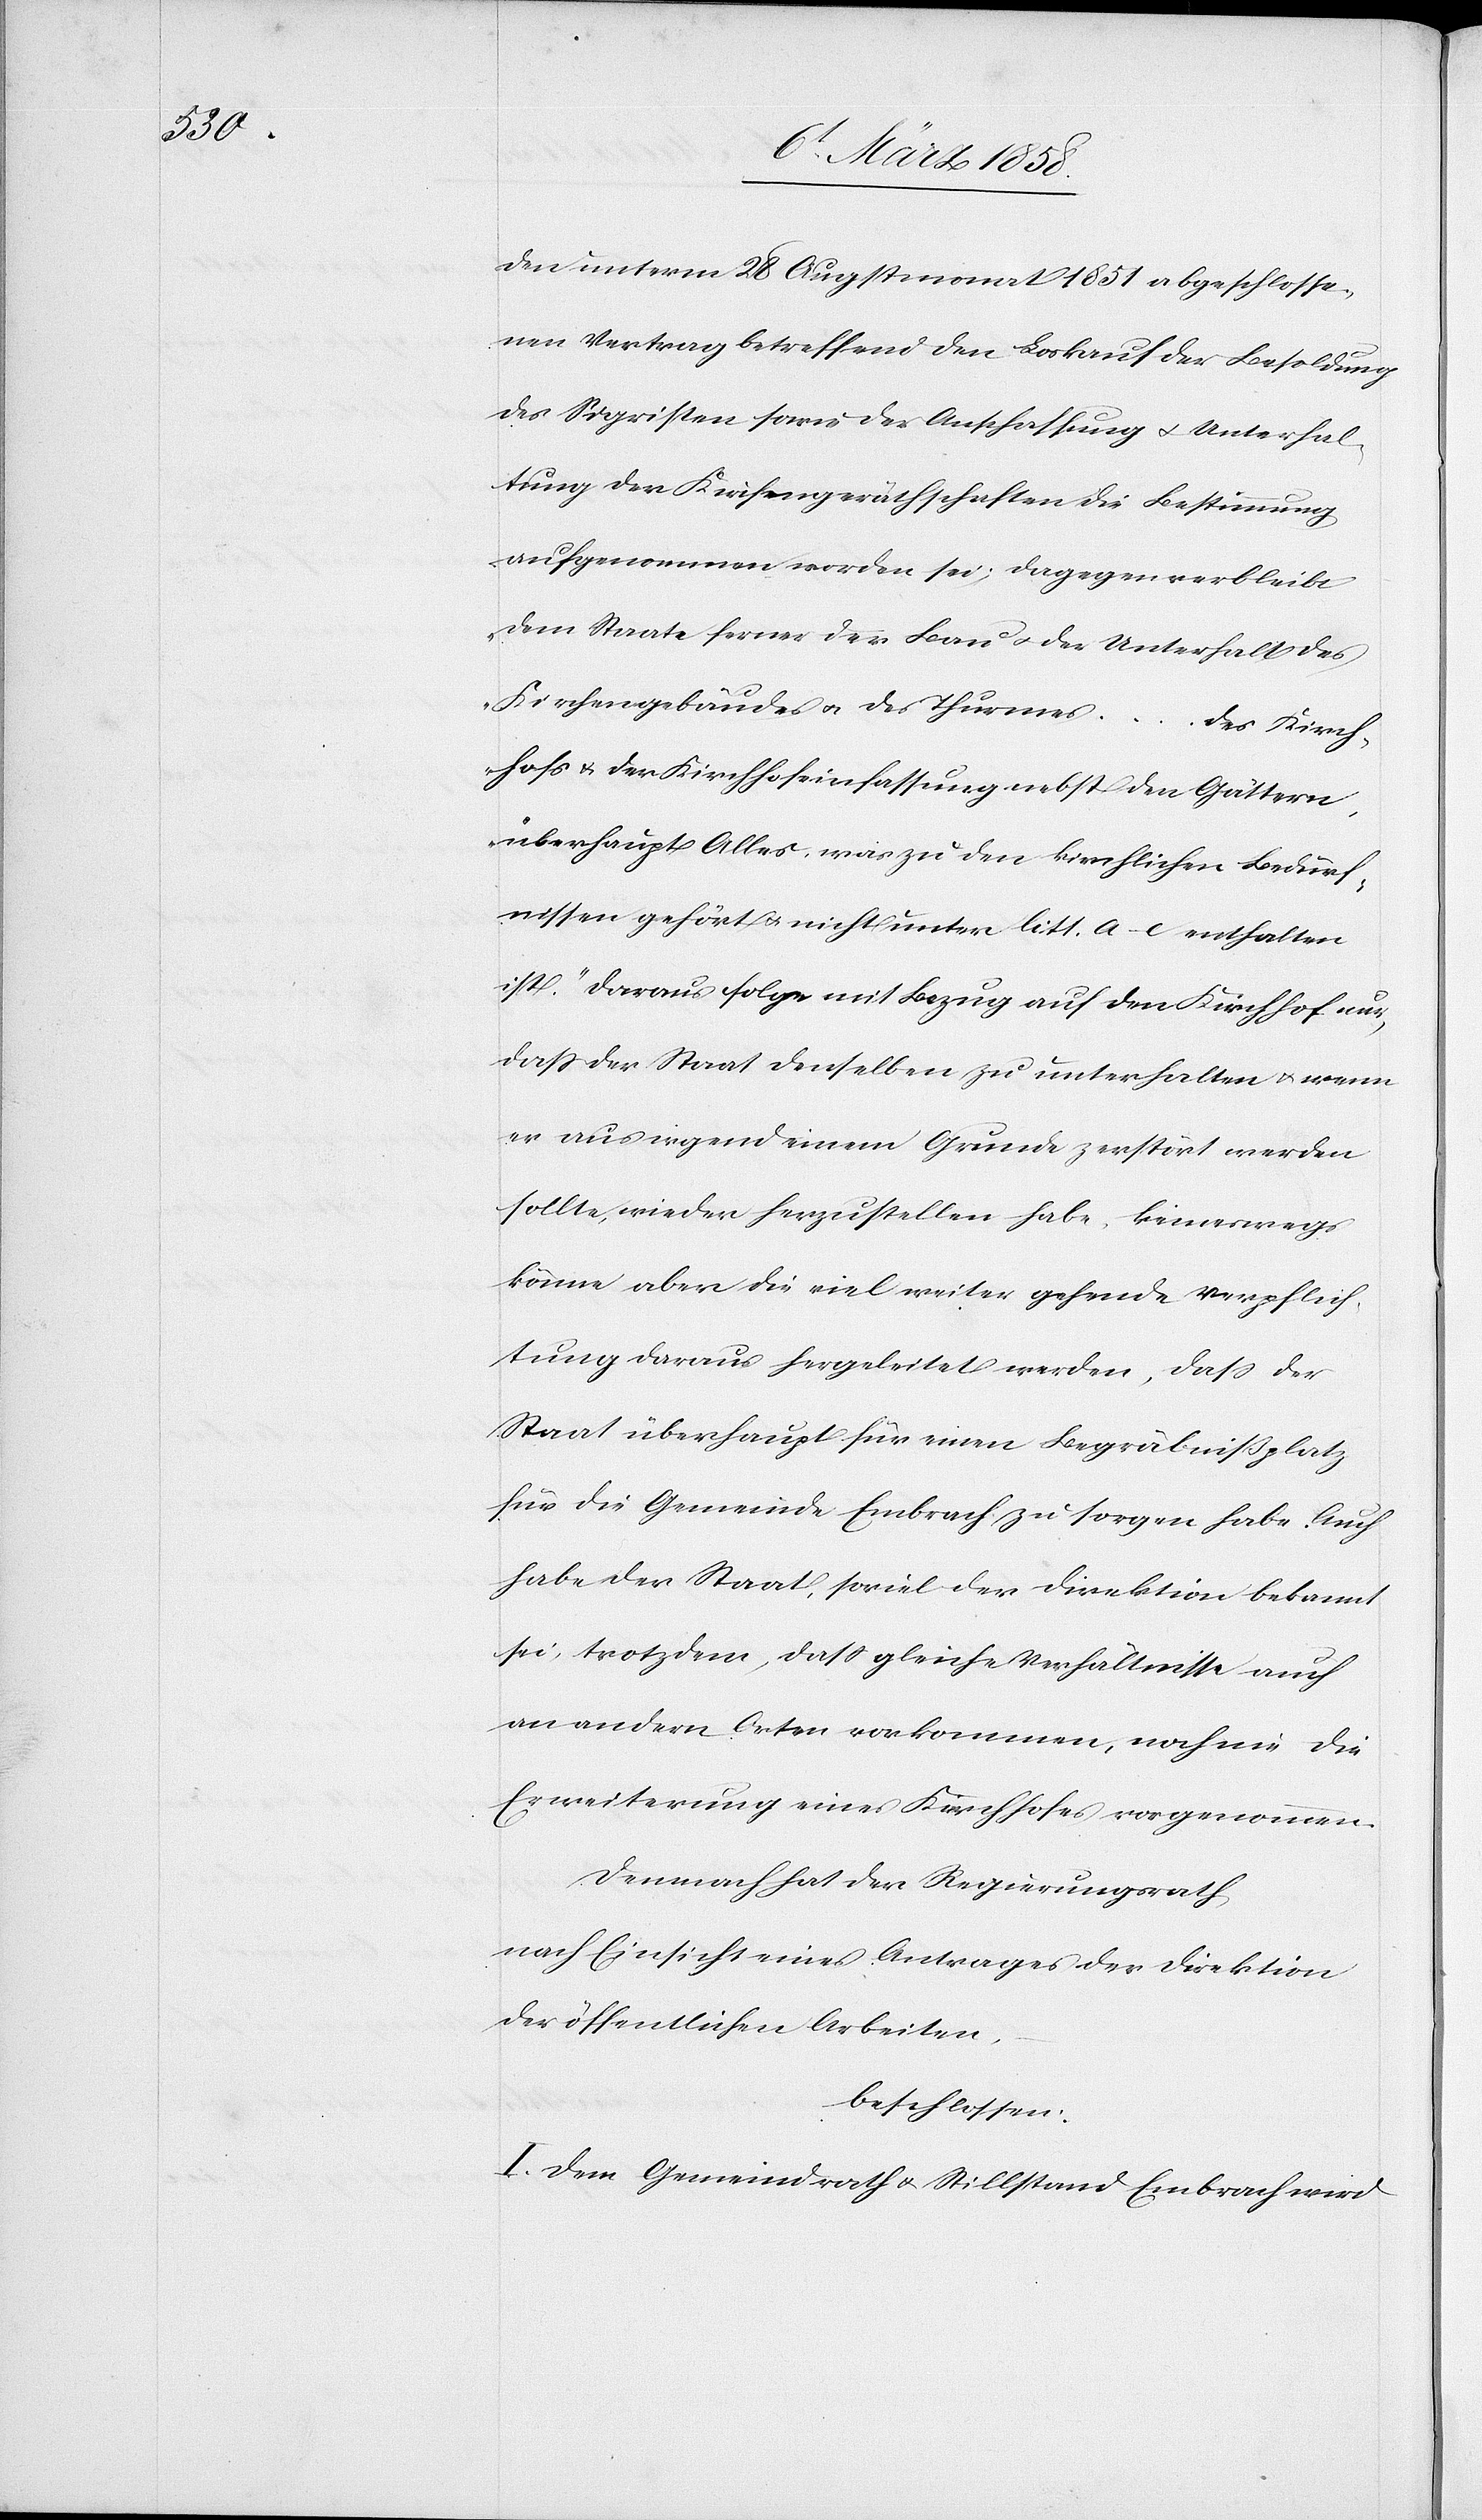
den unterm 28. Augstmonat 1851 abgeschlosse¬
nen Vertrag betreffend den Loskauf der Besoldung
des Sigristen sowie der Anschaffung u. Unterhal¬
tung der Kirchengeräthschaften die Bestimmung
aufgenommen worden sei: „dagegen verbleibt
dem Staate ferner der Bau u. der Unterhalt des
Kirchgebäudes u. des Thurms … des Kirch¬
hofs u. der Kirchhofeinfassung nebst den Gättern,
überhaupt Alles, was zu den kirchlichen Bedürf¬
nissen gehört u. nicht unter litt. a–c enthalten
ist.“ Daraus folge mit Bezug auf den Kirchhof nur,
daß der Staat denselben zu unterhalten u. wenn
er aus irgend einem Grunde zerstört werden
sollte, wieder herzustellen habe, keineswegs
könne aber die viel weiter gehende Verpflich¬
tung daraus hergeleitet werden, daß der
Staat überhaupt für einen Begräbnißplatz
für die Gemeinde Embrach zu sorgen habe. Auch
habe der Staat, soviel der Direktion bekannt
sei, trotzdem, daß gleiche Verhältnisse auch
an andern Orten vorkommen, noch nie die
Erweiterung eines Kirchhofes vorgenommen.
Demnach hat der Regierungsrath,
nach Einsicht eines Antrages der Direktion
der öffentlichen Arbeiten,
beschlossen:
I. Dem Gemeindrath u. Stillstand Embrach wird